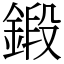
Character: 鍛